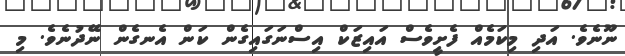
ނޫނެވެ. އަދި މިކަމެއް ފެށީވެސް އައިޒަކް އިސްނަގައިގެން ކަން އެނގެން ނޭދުނެވެ. މި